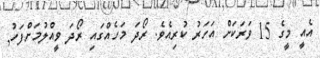
އެއީ މީގެ 15 ވަރަކަށް އަހަރު ކުރިއެވެ. ރޯދަ މަހެއްގައި ރޯދަ ވީއްލުމަށްފަހު